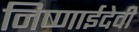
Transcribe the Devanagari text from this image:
निष्णाईदेवी